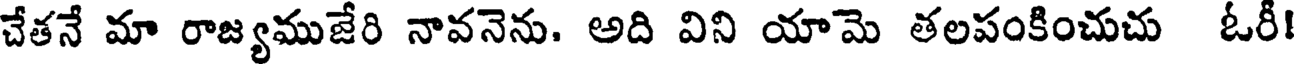
చేతనే మా రాజ్యముజేరి నావనెను. అది విని యామె తలపంకించుచు ఓరీ